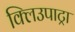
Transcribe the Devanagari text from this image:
क्लिउपाट्रा